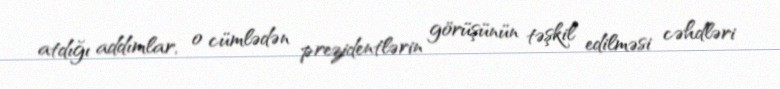
atdığı addımlar, o cümlədən prezidentlərin görüşünün təşkil edilməsi cəhdləri